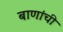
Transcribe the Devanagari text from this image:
बाणांची